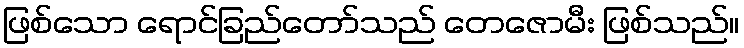
ဖြစ်သော ရောင်ခြည်တော်သည် တေဇောမီး ဖြစ်သည်။